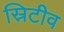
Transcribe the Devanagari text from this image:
स्रिटीव